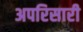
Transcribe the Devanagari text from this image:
अपरिसारी